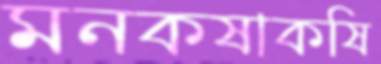
মনকষাকষি